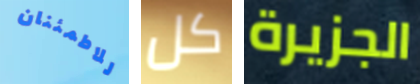
للاطمئنان كل الجزيرة